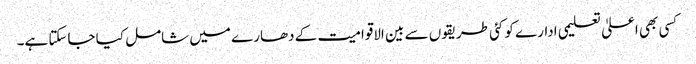
کسی بھی اعلیٰ تعلیمی ادارے کو کئی طریقوں سے بین الاقوامیت کے دھارے میں شامل کیا جاسکتا ہے۔